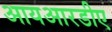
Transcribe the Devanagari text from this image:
आयआरडीए